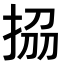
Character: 𭠱